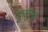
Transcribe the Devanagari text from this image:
फुलुमई